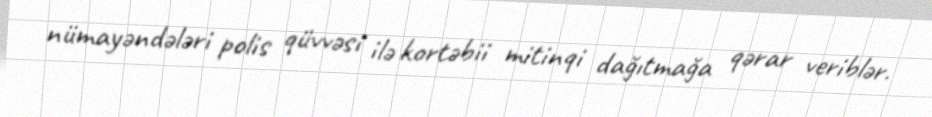
nümayəndələri polis qüvvəsi ilə kortəbii mitinqi dağıtmağa qərar veriblər.